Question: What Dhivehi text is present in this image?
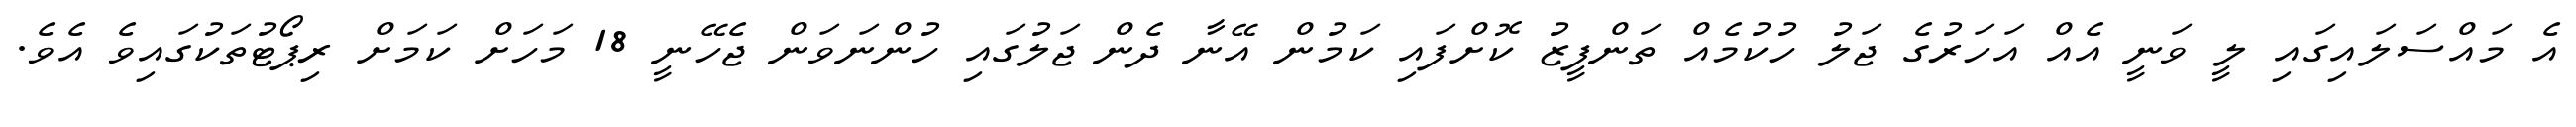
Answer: އެ މައްސަލައިގައި ލީ ވަނީ އެއް އަހަރުގެ ޖަލު ހުކުމެއް ތަންފީޒު ކޮށްފައި ކަމުން އޭނާ ދެން ޖަލުގައި ހުންނަވަން ޖެހޭނީ 18 މަހަށް ކަމަށް ރިޕޯޓުތަކުގައިވެ އެވެ.